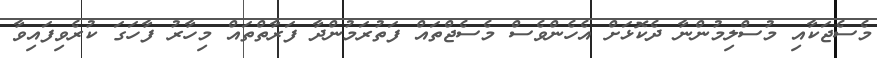
މެސެޖަކާއި މުސްލިމުންނާ ދެކޮޅަށް އެހެންވެސް މެސެޖްތައް ފަތުރަމުންދާ ފަރާތްތައް މިހާރު ފާހަގަ ކުރެވިފައިވާ